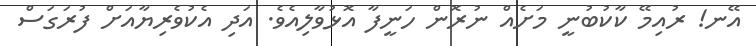
އޭނ! ރުއިމޭ ކާކުބުނީ މަށެއް ނުރޮން ހަނީފާ އޮޅުވާލިއެވެ. އަދި އެކުވެރިޔާއަށް ފުރަގަސް